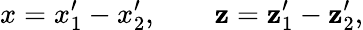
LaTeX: x=x_{1}^{\prime}-x_{2}^{\prime},\qquad\mathbf{z}=\mathbf{z}_{1}^{\prime}-\mathbf{z}_{2}^{\prime},